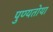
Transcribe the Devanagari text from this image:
पुण्यतोया